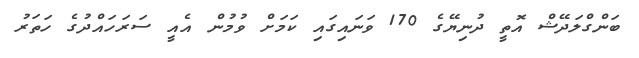
ބަންގްލަދޭޝް އޮތީ ދުނިޔޭގެ 170 ވަނައިގައި ކަމަށް ވުމުން އެއީ ސަރަހައްދުގެ ހަތަރު